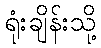
ရုံးချိန်းသို့